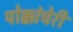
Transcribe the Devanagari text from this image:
पोक्कांचेरी